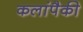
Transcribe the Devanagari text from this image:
कलांपैकी